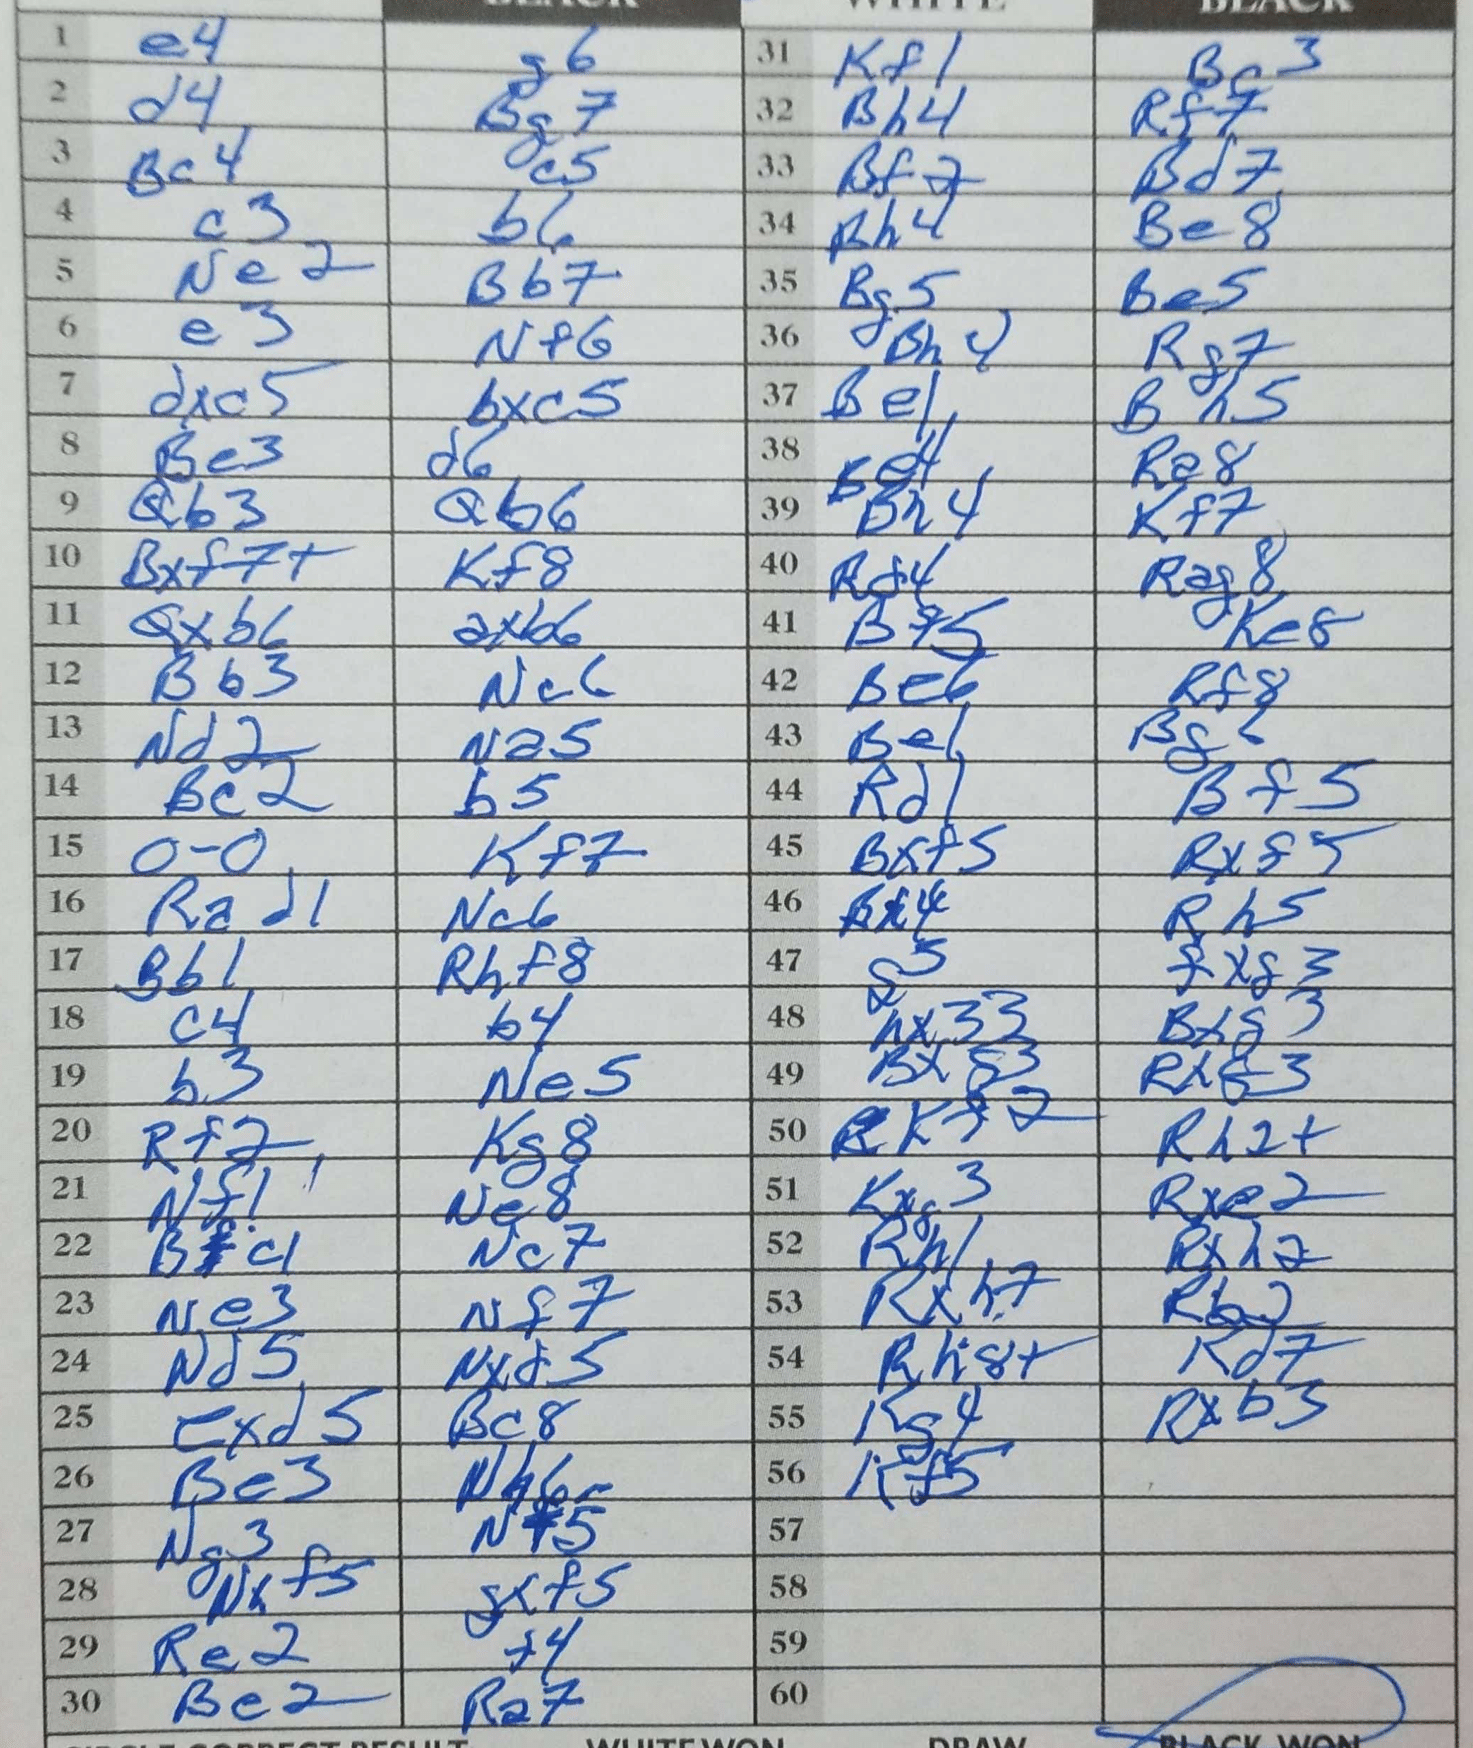
Moves: e4 g6 d4 Bg7 Bc4 c5 c3 b6 Ne2 Bb7 e3 Nf6 dxc5 bxc5 Be3 d6 Qb3 Qb6 Bxf7+ Kf8 Qxb6 axb6 Bb3 Nc6 Nd2 Na5 Bc2 b5 O-O Kf7 Rad1 Nc6 Bb1 Rhf8 c4 b4 b3 Ne5 Rf2 Kg8 Nf1 Ne8 Bc1 Nc7 Ne3 Nf7 Nd5 Nxd5 exd5 Bc8 Be3 Nh6 Ng3 Nf5 Nxf5 gxf5 Re2 f4 Be2 Ra7 Kf1 Bc3 Bh4 Rf7 Bf2 Bd7 Rh4 Be8 Rg5 Be5 Bh4 Rg7 Be1 Bh5 Be4 Ra8 Bh4 Kf7 Rd4 Rag8 Bf5 Ke8 Be6 Rf8 Be1 Bg6 Rd1 Bf5 Bxf5 Rxf5 Bh4 Rh5 f5 fxg3 Bxg3 Bxg3 Rxf3 Kf2 Rh2+ Kxg3 Rxe2 Rh1 Rxh2 Rxh7 Rb2 Rh8+ Kd7 Kg4 Rxb3 Kf5